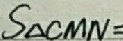
S _ { \Delta C M N } =